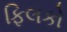
ફિલકો